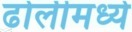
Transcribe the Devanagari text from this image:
ढोलीमध्ये